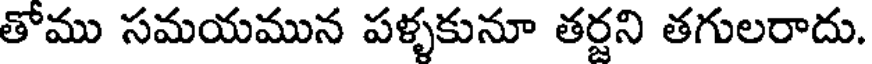
తోము సమయమున పళ్ళకునూ తర్షని తగులరాదు.